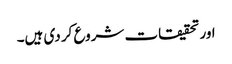
اور تحقیقات شروع کر دی ہیں۔